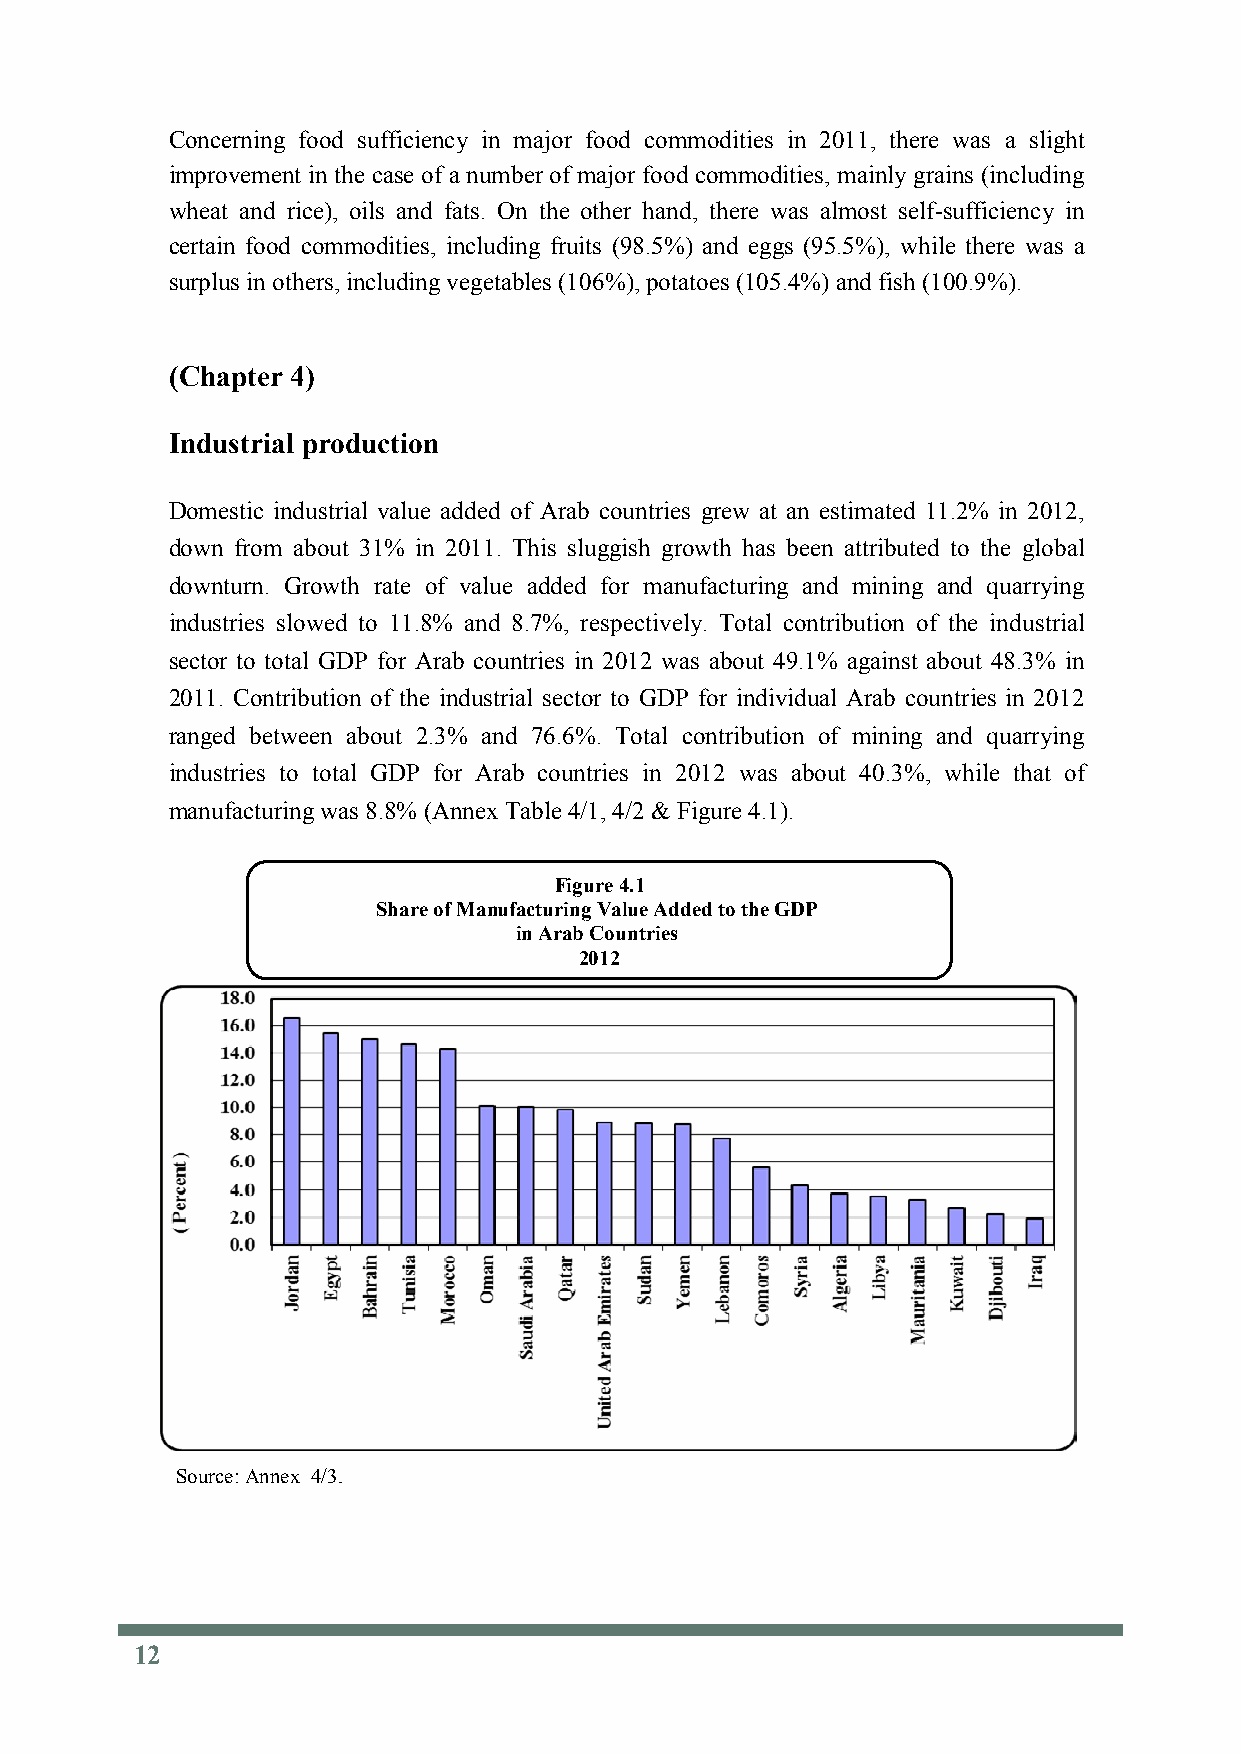
Concerning food sufficiency in major food commodities in 2011, there was a slight
 improvement in the case of a number of major food commodities, mainly grains (including
 wheat and rice), oils and fats. On the other hand, there was almost self-sufficiency in
 certain food commodities, including fruits (98.5%) and eggs (95.5%), while there was a
 surplus in others, including vegetables (106%), potatoes (105.4%) and fish (100.9%).
 (Chapter 4)
 Industrial production
 Domestic industrial value added of Arab countries grew at an estimated 11.2% in 2012,
 down from about 31% in 2011. This sluggish growth has been attributed to the global
 downturn. Growth rate of value added for manufacturing and mining and quarrying
 industries slowed to 11.8% and 8.7%, respectively. Total contribution of the industrial
 sector to total GDP for Arab countries in 2012 was about 49.1% against about 48.3% in
 2011. Contribution of the industrial sector to GDP for individual Arab countries in 2012
 ranged between about 2.3% and 76.6%. Total contribution of mining and quarrying
 industries to total GDP for Arab countries in 2012 was about 40.3%, while that of
 manufacturing was 8.8% (Annex Table 4/1, 4/2 & Figure 4.1).
 Figure 4.1
 Share of ManufacturingValue Added to the GDP
 in Arab Countries
 2012
 Source:Annex 4/3.
 12
 12